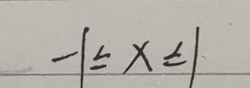
\(-1\leq x\leq1\)